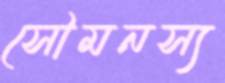
সৌমনস্য